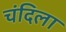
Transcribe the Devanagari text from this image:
चंदिला